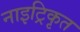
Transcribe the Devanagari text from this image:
नाइट्रिकृत